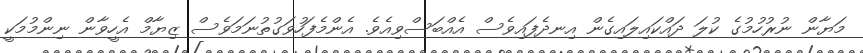
މަޔާން ނުރުހުމުގެ ކުލަ ދައްކައިިލައިގެން އިނދެފައިވެސް އެއްބަސްވިއެވެ. އެންމެފަހުވަގުތުނަމަވެސް ޒިޔާމް އެހީވާން ނިންމުމަކީ